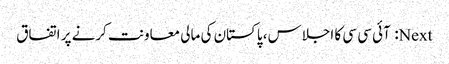
Next: آئی سی سی کا اجلاس، پاکستان کی مالی معاونت کرنے پر اتفاق